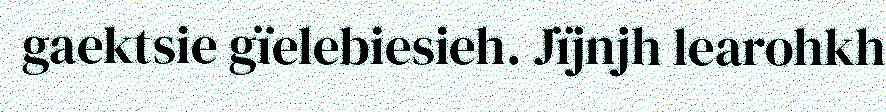
gaektsie gïelebiesieh. Jïjnjh learohkh